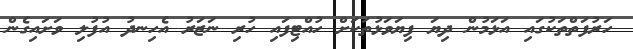
ހަރުފަތްތަކުގައި އަޅަމުން ދިޔަ ފިޔަވަޅުތަކަށް ހުއްޓިފައި ހުރި ނަޒަރު އެހިނދު އުފުލި ވަށައިގެން